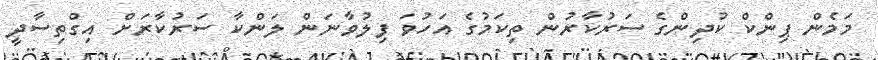
މަމެން ޕިންކް ކުދިންގެ ސަރުކާރުން ތިކަމުގެ އަހުވަ ފިލުވާނަން ލަންކާ ސަރުކާރަށް އިގްތިސާދީ